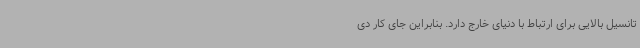
تانسیل بالایی برای ارتباط با دنیای خارج دارد. بنابراین جای کار دی